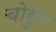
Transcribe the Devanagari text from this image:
चोरुन